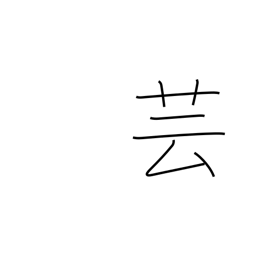
Meaning: acting